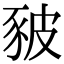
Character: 𧰸